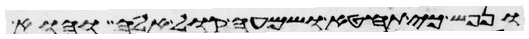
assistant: ונפש כי תחטא ושמעה קול אלה והוא